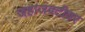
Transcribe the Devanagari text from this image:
जहाजवटीवर